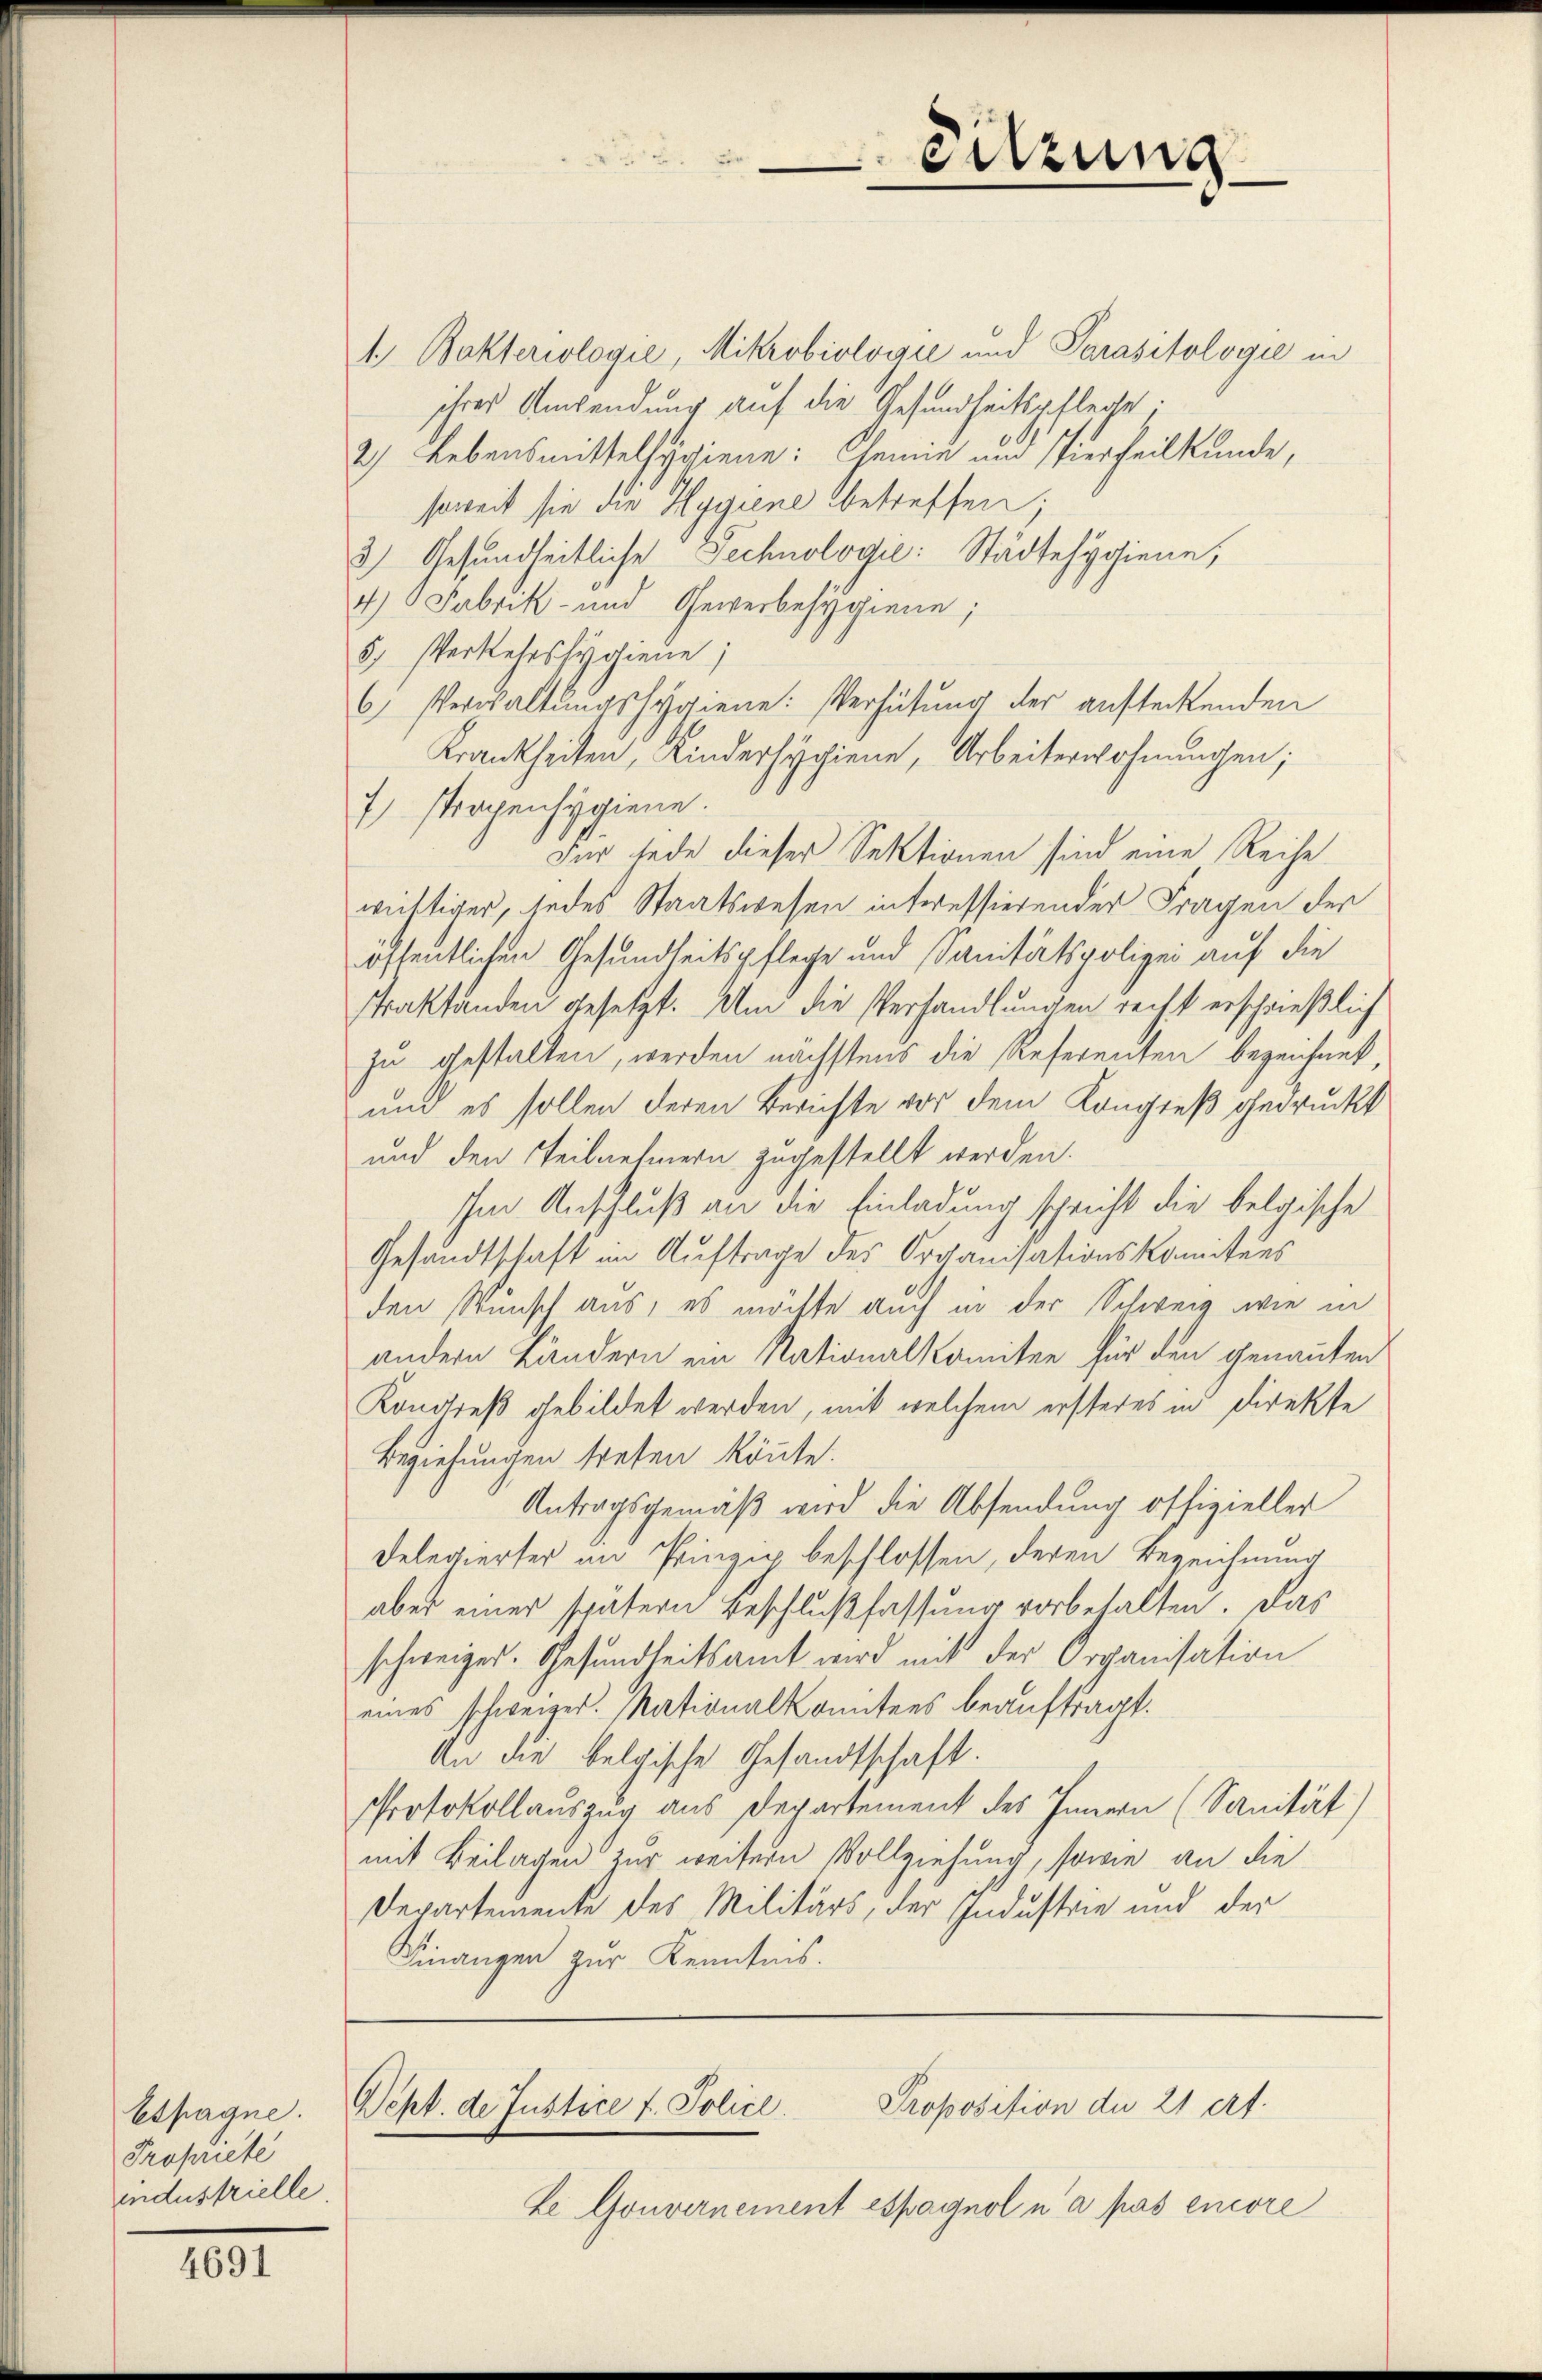
Espagne.
Propriete
industrielle

4691

1 Bakteriologie, Mikrobiologie und Parasitologie in
ihres Anwendung auf die Gesundheitspflege.
2) Lebensmittelsygiene: Gemie am Pierheilkunde,
soweit sie die Hygiene betreffen;
3 Gesundheitliche Technologić: Städtehygiene,
4) Fabrik- und Gewerbesygiene;
5) Verkehrssygiene;
6) Verwaltungssygiene: Verhütung der ansteckenden
Krankheiten, Kindersygiene, Arbeiterwohnungen;
7stropenhygiene.
Für jede dieser Sektionen sind eine Reihe
wichtiger, jedes Staatswesen interessierender Fragen der
öffentlichen Gesundheitspflege und Sanitätspolizei auf die
Praktänden gesetzt. Um die Verhandlungen recht erschrießlich
zu gestalten, werden nächstens die Referenten bezeichnet,
und es sollen deren Berichte vor dem Kongieß gedruckt
und den Teilnehmern zugestellt werden.
Im Anschluß an die Einladung schricht die belgische
Gesandtschaft im Auftrage des Organisationskomitees
den Wunsch aus, es möchte auch in der Schweiz wie in
andern Ländern ein Nationalkomiten für den genannten
Kondieß gebildet werden, mit welchem ersteres in Direkte
Beziehungen treten könnte.
Antragsgemäß wird die Absendung offizieller
Delegierter im Prinzip beschlossen, deren Bezeichnung
aber einer spätern Beschlußfassung vorbehalten. Das
schweizer. Gesundheitsamt wird mit der Organisation
eines schweizer. Nationalkomitees beauftragt.
An die belgische Gesandtschaft.
Protokollauszug aus Departement des Innern (Sanität)
mit Beilagen zur weitern Vollziehung, sowie an die
Departemente des Militärs, der Industrie und der
Finanzen zur Kenntnis.

Le Gouvernement espagnol n’a pas encore

eitzung

Proposition de 21 ert
Dept. de Justice f. Police